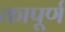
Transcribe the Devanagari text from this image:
कापूर्ण